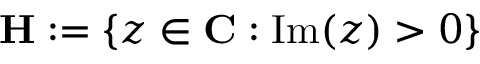
\mathbf { H } : = \{ z \in \mathbf { C } : \mathrm { I m } ( z ) > 0 \}